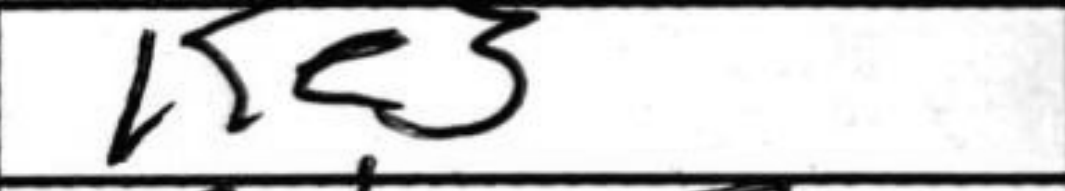
Transcription: Ke3